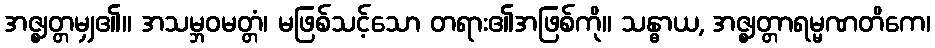
အဇ္ဈတ္တမျှ၏။ အသမ္ဘဝမတ္တံ၊ မဖြစ်သင့်သော တရား၏အဖြစ်ကို။ သန္ဓာယ, အဇ္ဈတ္တာရမ္မဏတိကေ၊